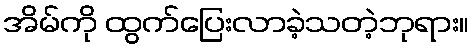
အိမ်ကို ထွက်ပြေးလာခဲ့သတဲ့ဘုရား။